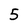
Character: 5